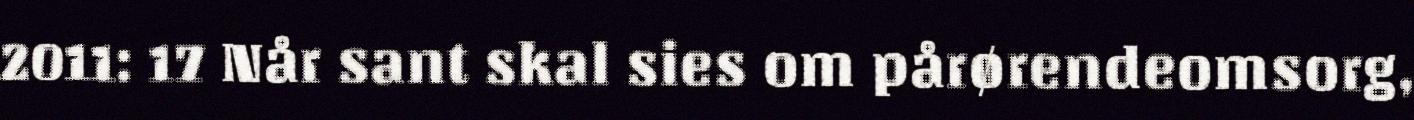
2011: 17 Når sant skal sies om pårørendeomsorg,